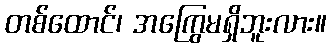
တစ်ထောင်၊ အကြွေမရှိဘူးလား။